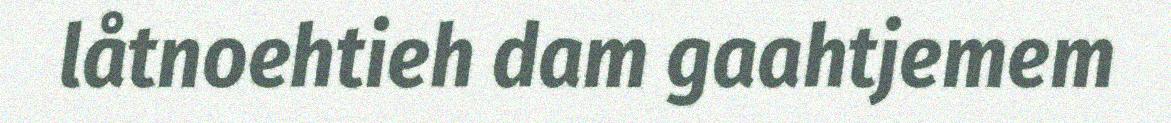
låtnoehtieh dam gaahtjemem